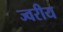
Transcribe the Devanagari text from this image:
ज्वरीय